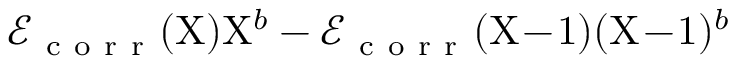
\mathcal { E } _ { \mathrm { ~ c ~ o ~ r ~ r ~ } } ( \mathrm { X } ) \mathrm { X } ^ { b } - \mathcal { E } _ { \mathrm { ~ c ~ o ~ r ~ r ~ } } ( \mathrm { X } \! - \! 1 ) ( \mathrm { X } \! - \! 1 ) ^ { b }